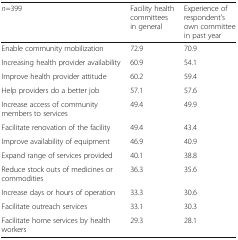
<table><thead><tr><td><b><i>n</i>=399</b></td><td><b>Facility health committees in general</b></td><td><b>Experience of respondent’s own committee in past year</b></td></tr></thead><tbody><tr><td>Enable community mobilization</td><td>72.9</td><td>70.9</td></tr><tr><td>Increasing health provider availability</td><td>60.9</td><td>54.1</td></tr><tr><td>Improve health provider attitude</td><td>60.2</td><td>59.4</td></tr><tr><td>Help providers do a better job</td><td>57.1</td><td>57.6</td></tr><tr><td>Increase access of community members to services</td><td>49.4</td><td>49.9</td></tr><tr><td>Facilitate renovation of the facility</td><td>49.4</td><td>43.4</td></tr><tr><td>Improve availability of equipment</td><td>46.9</td><td>40.9</td></tr><tr><td>Expand range of services provided</td><td>40.1</td><td>38.8</td></tr><tr><td>Reduce stock outs of medicines or commodities</td><td>36.3</td><td>35.6</td></tr><tr><td>Increase days or hours of operation</td><td>33.3</td><td>30.6</td></tr><tr><td>Facilitate outreach services</td><td>33.1</td><td>30.3</td></tr><tr><td>Facilitate home services by health workers</td><td>29.3</td><td>28.1</td></tr></tbody></table>